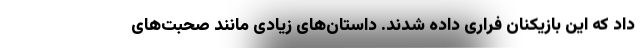
داد که این بازیکنان فراری داده شدند. داستان‌های زیادی مانند صحبت‌های